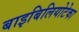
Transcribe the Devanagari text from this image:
बाइबिलियोटेका